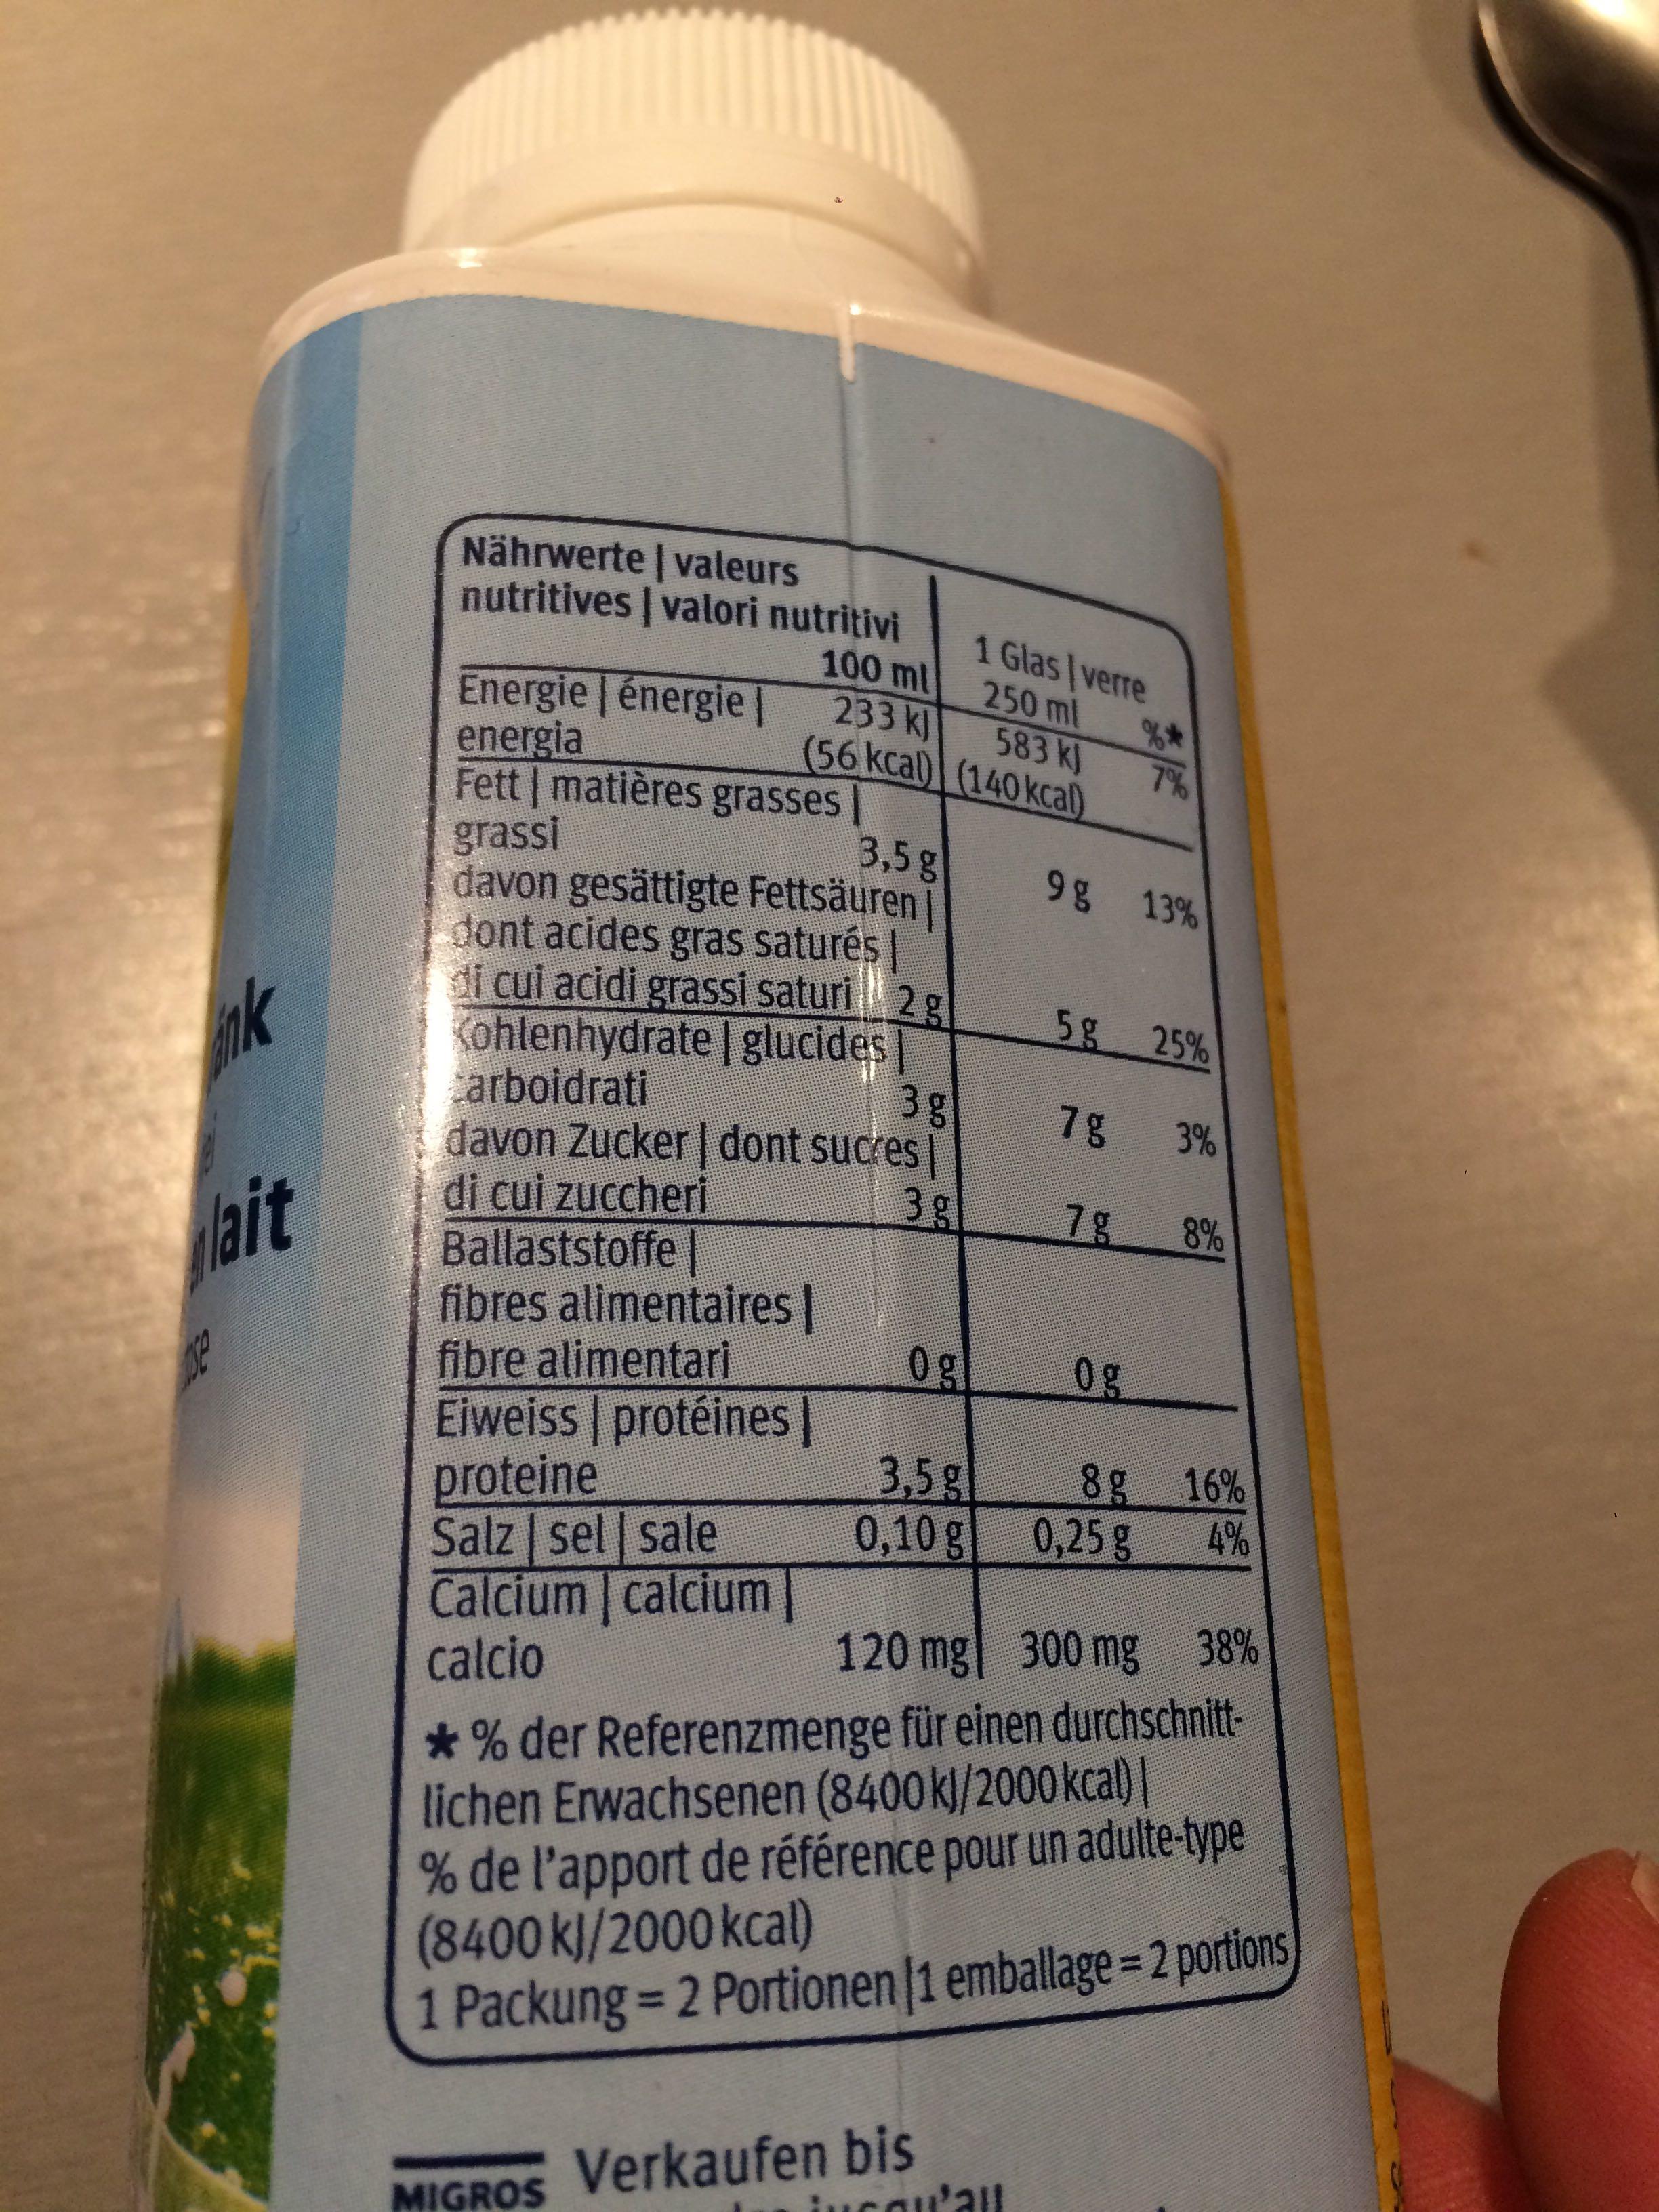
ink
lait
Nährwerte | valeurs nutritives | valori nutritivi
100 ml
233 kJ
583 kl
(56 kcal) (140 kcal)
Energie énergie |
energia
Fett | matières grasses |
grassi
davon gesättigte Fettsäuren dont acides gras saturés | di cui acidi grassi saturi 2 g Kohlenhydrate | glucides carboidrati
3,5 g
3g
3g
davon Zucker| dont sucres | di cui zuccheri Ballaststoffe fibres alimentaires | fibre alimentari
Eiweiss | protéines | proteine
Salz sel sale
Calcium calcium
calcio
3,5 g
0,10 g
1 Glasverre
250 ml
MIGROS Verkaufen bis
incou'all
9g 13%
5g 25%
7 g
7 g
7%
Og
8g
0,25 g
3%
8%
120 mg 300 mg 38%
*% der Referenzmenge für einen durchschnittlichen Erwachsenen (8400 kJ/2000 kcal) |
% de l'apport de référence pour un adulte-type (8400 kJ/2000 kcal)
1 Packung = 2 Portionen |1 emballage = 2 portions
16%
4%